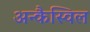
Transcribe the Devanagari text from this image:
अन्कैस्विल